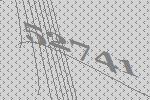
52741